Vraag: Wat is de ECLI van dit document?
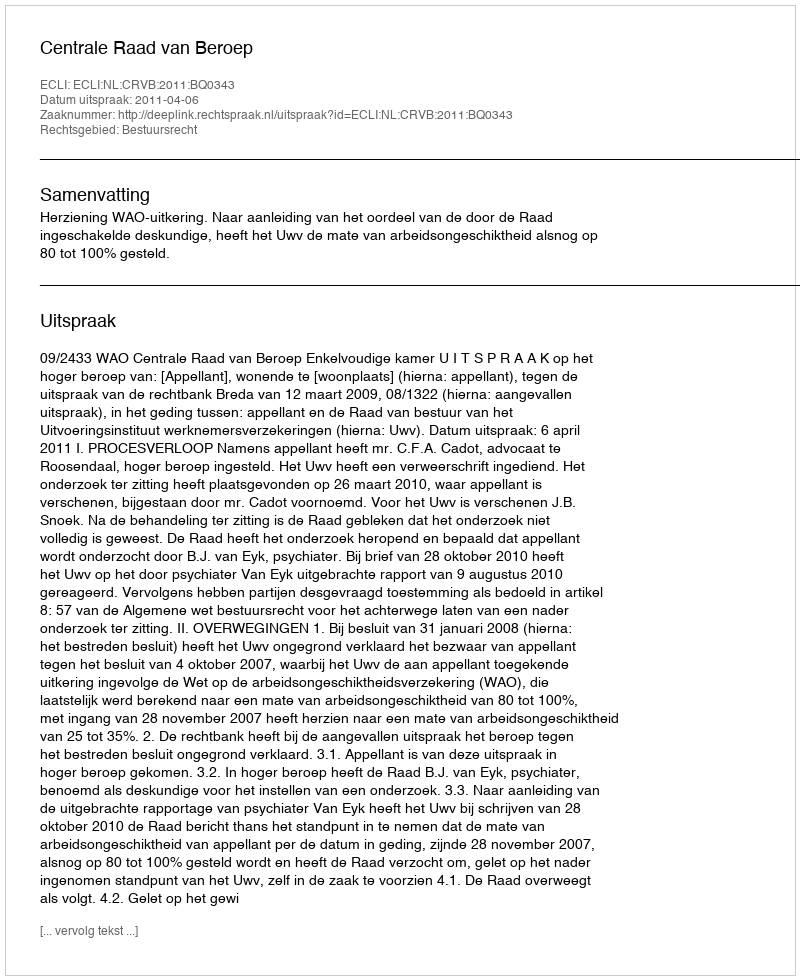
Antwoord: ECLI:NL:CRVB:2011:BQ0343